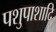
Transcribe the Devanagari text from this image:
पशुपाशादि